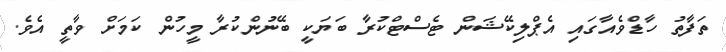
ތަފާތު ހާޑްވެއާގައި އެޕްލިކޭޝަން ޓެސްޓްކުރާ ބަޔަކީ ބޭނުންކުރާ މީހުން ކަމަށް ވާތީ އެވެ.